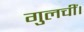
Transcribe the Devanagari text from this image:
गुलचीं।